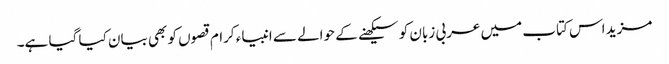
مزید اس کتاب میں عربی زبان کو سیکھنے کے حوالے سے انبیاء کرام قصوں کو بھی بیان کیا گیا ہے۔